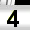
Digit: 3